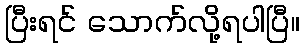
ပြီးရင် သောက်လို့ရပါပြီ။